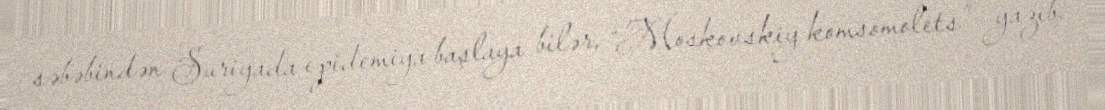
səbəbindən Suriyada epidemiya başlaya bilər, “Moskovskiy komsomolets” yazıb.